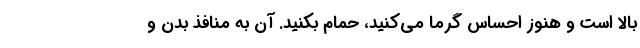
بالا است و هنوز احساس گرما می‌کنید، حمام بکنید. آن به منافذ بدن و